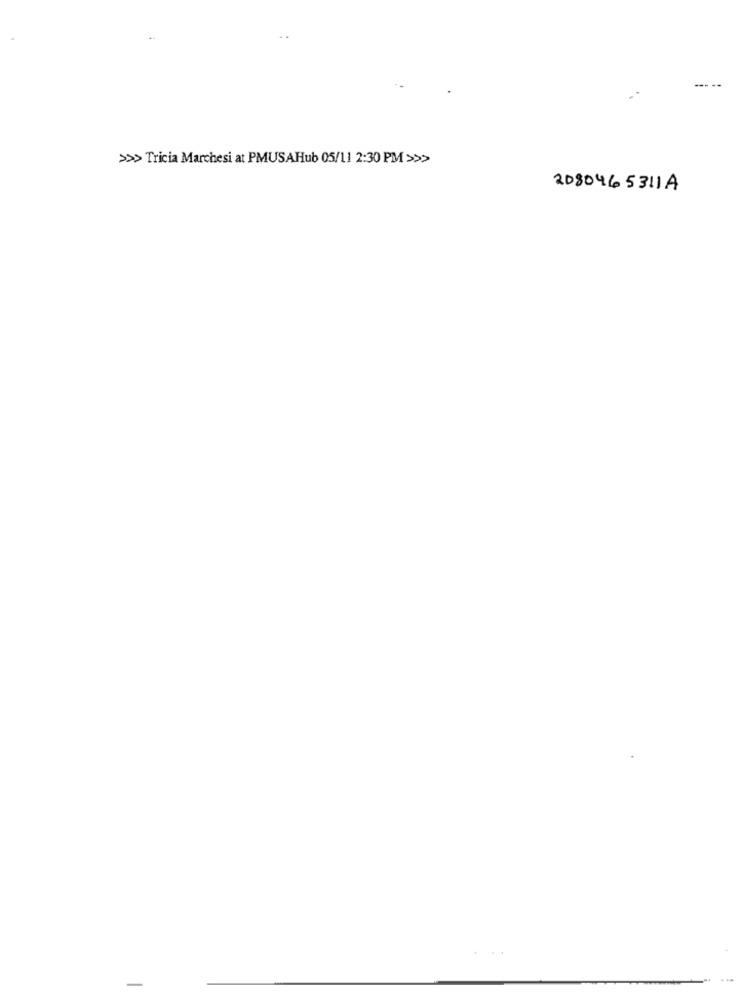
--- --
> Tricia Marchesi at PMUSAHub 05/11 2:30 PM >>>
2080465311A